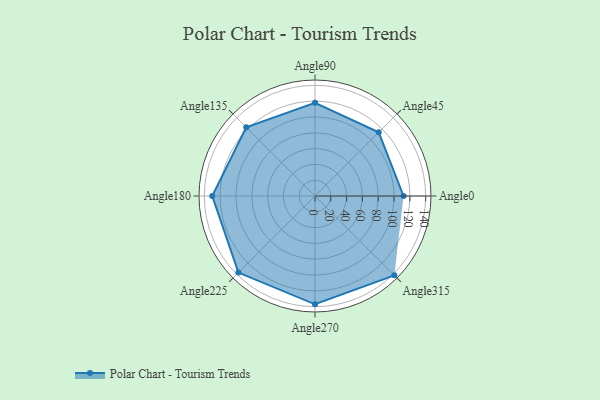
{"axis": {"x": "Angle", "y": "Radius"}, "legend": [""], "data": [{"x": "Angle0", "y": 112.0, "type": ""}, {"x": "Angle45", "y": 114.0, "type": ""}, {"x": "Angle90", "y": 118.0, "type": ""}, {"x": "Angle135", "y": 123.0, "type": ""}, {"x": "Angle180", "y": 130.0, "type": ""}, {"x": "Angle225", "y": 137.0, "type": ""}, {"x": "Angle270", "y": 137.0, "type": ""}, {"x": "Angle315", "y": 142.0, "type": ""}]}